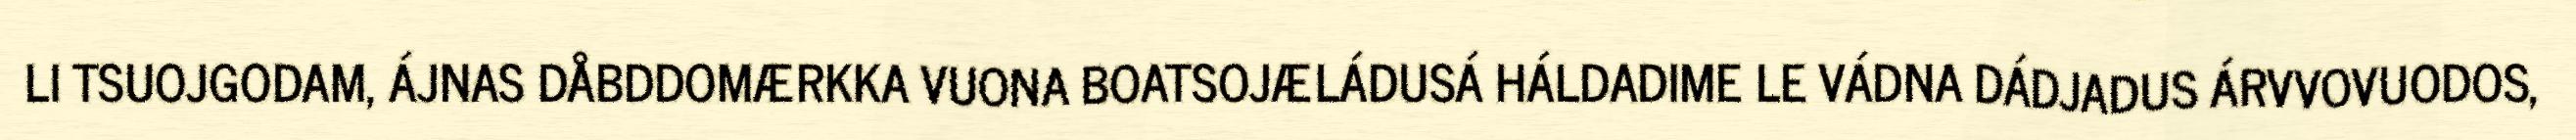
LI TSUOJGODAM, ÁJNAS DÅBDDOMÆRKKA VUONA BOATSOJÆLÁDUSÁ HÁLDADIME LE VÁDNA DÁDJADUS ÁRVVOVUODOS,